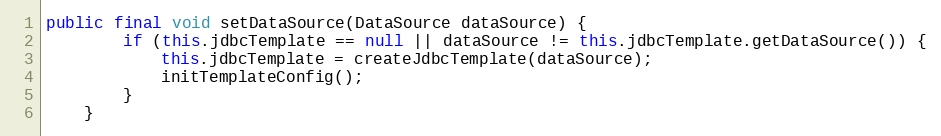
Language: Java
public final void setDataSource(DataSource dataSource) {
		if (this.jdbcTemplate == null || dataSource != this.jdbcTemplate.getDataSource()) {
			this.jdbcTemplate = createJdbcTemplate(dataSource);
			initTemplateConfig();
		}
	}